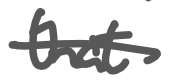
Text: that
Cross-out: single-line
Writing tool: digital_gray